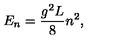
E _ { n } = { \frac { g ^ { 2 } L } { 8 } } n ^ { 2 } ,